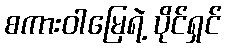
စကားဝါမြေရဲ့ ပိုင်ရှင်